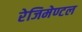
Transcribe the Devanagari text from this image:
रेजिमेण्टल